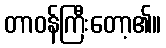
တာဝန်ကြီးတော့၏။